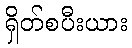
ရှိတ်စပီးယား